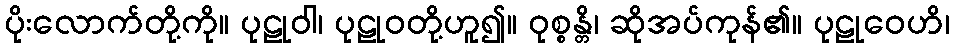
ပိုးလောက်တို့ကို။ ပုဠုဝါ၊ ပုဠုဝတို့ဟူ၍။ ဝုစ္စန္တိ၊ ဆိုအပ်ကုန်၏။ ပုဠုဝေဟိ၊